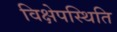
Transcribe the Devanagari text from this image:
विक्षेपस्थिति